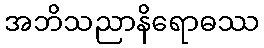
အဘိသညာနိရောဓဿ